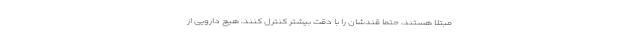
مبتلا هستند، حتما قندشان را با دقت بیشتر کنترل کنند، هیچ دارویی از